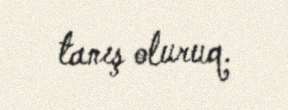
tanış oluruq.